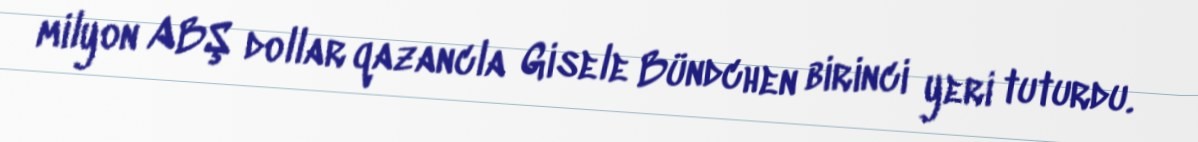
milyon ABŞ dollar qazancla Gisele Bündchen birinci yeri tuturdu.